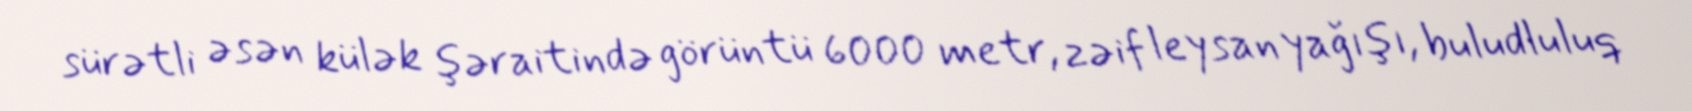
sürətli əsən külək şəraitində görüntü 6000 metr, zəif leysan yağışı, buludluluq